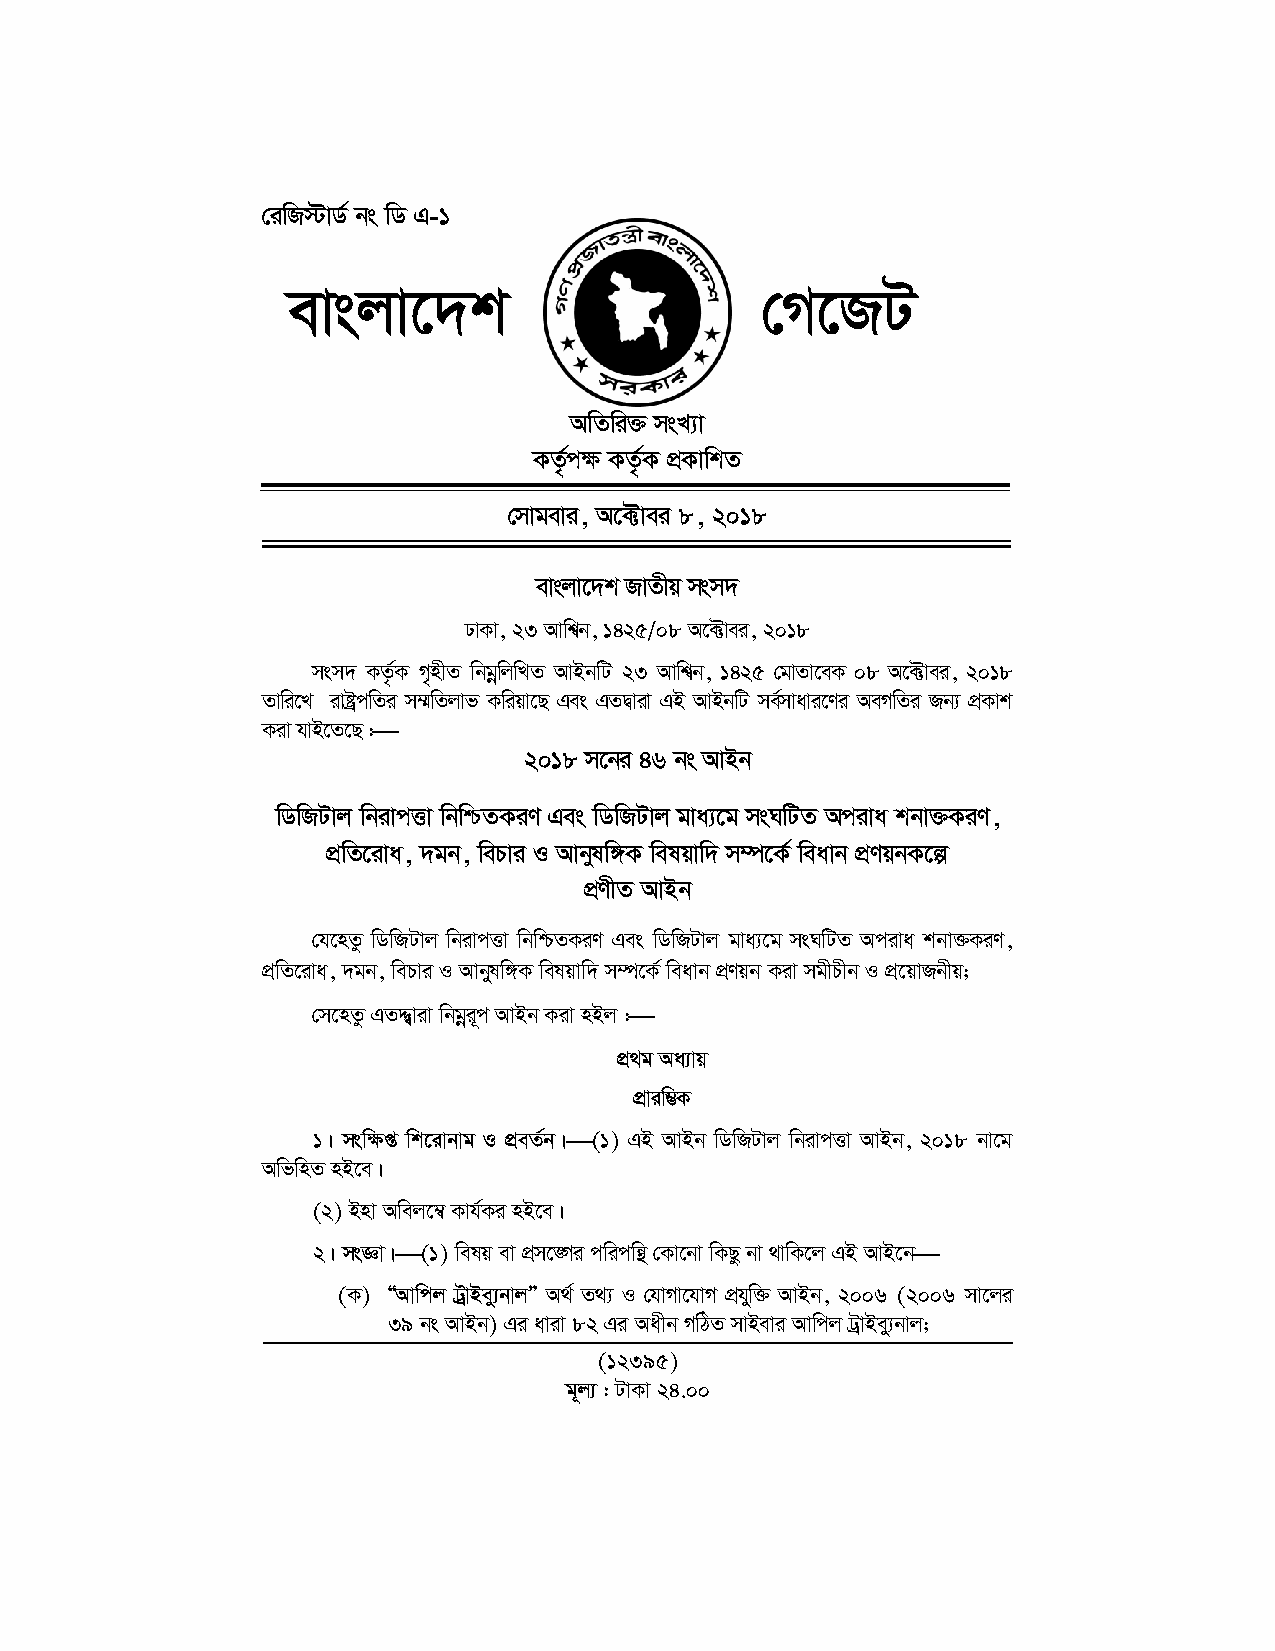
†iwR÷vW© bs wW G-1
 evsjv‡`k                       †M‡RU
 AwZwi³ msL¨v
 KZ…©c¶ KZ…©K cÖKvwkZ
 †mvgevi, A‡±vei 8, 2018
 evsjv‡`k RvZxq msm`
 XvKv, 23 Avwk^b, 1425/08 A‡±vei, 2018
 msm` KZ…©K M„nxZ wbgwœjwLZ AvBbwU 23 Avwk^b, 1425 †gvZv‡eK 08 A‡±vei, 2018
 Zvwi‡L ivóªcwZi m¤§wZjvf Kwiqv‡Q Ges GZØviv GB AvBbwU me©mvavi‡Yi AeMwZi Rb¨ cÖKvk
 
 Kiv hvB‡Z‡Q :
 2018 m‡bi 46 bs AvBb
 wWwRUvj wbivcËv wbwðZKiY Ges wWwRUvj gva¨‡g msNwUZ Aciva kbv³KiY,
 cÖwZ‡iva, `gb, wePvi I Avbylw½K welqvw` m¤ú‡K© weavb cÖYqbK‡í
 cÖYxZ AvBb
 †h‡nZz wWwRUvj wbivcËv wbwðZKiY Ges wWwRUvj gva¨‡g msNwUZ Aciva kbv³KiY,
 cÖwZ‡iva, `gb, wePvi I Avbylw½K welqvw` m¤ú‡K© weavb cÖYqb Kiv mgxPxb I cÖ‡qvRbxq;
 
 †m‡nZz GZÏ¦viv wbgiœ ~c AvBb Kiv nBj :
 cÖ_g Aa¨vq
 cÖviw¤¢K
 
 1| mswÿß wk‡ivbvg I cÖeZ©b| (1) GB AvBb wWwRUvj wbivcËv AvBb, 2018 bv‡g
 AwfwnZ nB‡e|
 (2) Bnv Awej‡¤^ Kvh©Ki nB‡e|
                                  
 2| msÁv| (1) welq ev cÖm‡•Mi cwicwš’ †Kv‡bv wKQz bv _vwK‡j GB AvB‡b
 (K) ÒAvwcj UªvBey¨bvjÓ A_© Z_¨ I †hvMv‡hvM cÖhyw³ AvBb, 2006 (2006 mv‡ji
 39 bs AvBb) Gi aviv 82 Gi Aaxb MwVZ mvBevi Avwcj UªvBey¨bvj;
 (12395)
 g~j¨ : UvKv 24.00